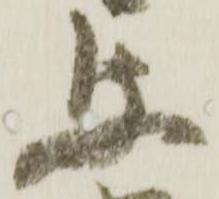
文